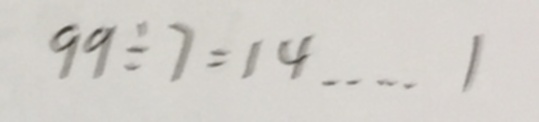
9 9 \div 7 = 1 4 \cdots 1